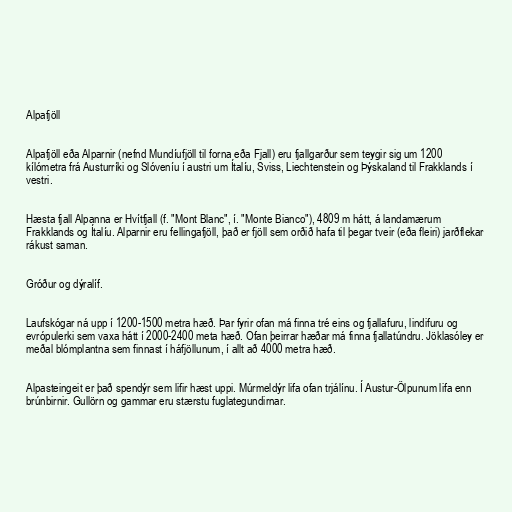
Alpafjöll

Alpafjöll eða Alparnir (nefnd Mundíufjöll til forna eða Fjall) eru fjallgarður sem teygir sig um 1200
kílómetra frá Austurríki og Slóveníu í austri um Ítalíu, Sviss, Liechtenstein og Þýskaland til Frakklands í
vestri.

Hæsta fjall Alpanna er Hvítfjall (f. "Mont Blanc", í. "Monte Bianco"), 4809 m hátt, á landamærum
Frakklands og Ítalíu. Alparnir eru fellingafjöll, það er fjöll sem orðið hafa til þegar tveir (eða fleiri) jarðflekar
rákust saman.

Gróður og dýralíf.

Laufskógar ná upp í 1200-1500 metra hæð. Þar fyrir ofan má finna tré eins og fjallafuru, lindifuru og
evrópulerki sem vaxa hátt í 2000-2400 meta hæð. Ofan þeirrar hæðar má finna fjallatúndru. Jöklasóley er
meðal blómplantna sem finnast í háfjöllunum, í allt að 4000 metra hæð.

Alpasteingeit er það spendýr sem lifir hæst uppi. Múrmeldýr lifa ofan trjálínu. Í Austur-Ölpunum lifa enn
brúnbirnir. Gullörn og gammar eru stærstu fuglategundirnar.